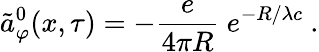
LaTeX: \tilde{a}_{\varphi}^{0}(x,\tau)=-\frac{e}{4\pi R}\ e^{-R/\lambda c}\ .